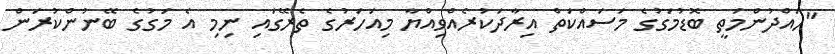
"ހައްދުންމަތީ ބޮޑުމަގުގެ މަސައްކަތް އިރާދަކުރެއްވިއްޔާ މިއަހަރުގެ ތެރޭގައި ނިމި އެ މަގުގެ ބޭނުންކުރަން